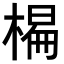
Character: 𣗨